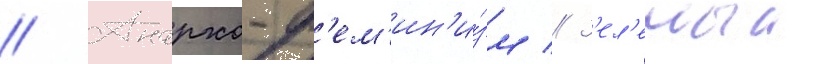
// Анархо-ф'ем'ин'и́зм // З'ел'еныи